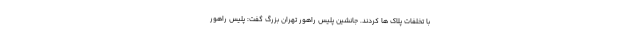
با تخلفات پلاک ها کردند. جانشین پلیس راهور تهران بزرگ گفت: پلیس راهور